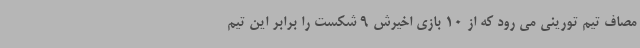
مصاف تیم تورینی می رود که از 10 بازی اخیرش 9 شکست را برابر این تیم